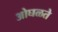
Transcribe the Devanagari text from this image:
ओघळते